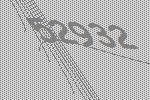
52932